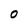
Character: 0